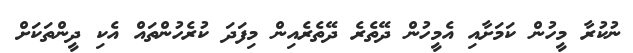
ނުކުރާ މީހުން ކަމަށާއި އެމީހުން ދޭތެރެ ދޭތެރެއިން މިފަދަ ކުރެހުންތައް އެކި ދީންތަކަށް